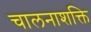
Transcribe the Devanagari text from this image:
चालनाशक्ति